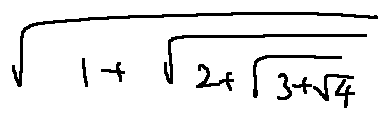
\sqrt { 1 + \sqrt { 2 + \sqrt { 3 + \sqrt { 4 } } } }